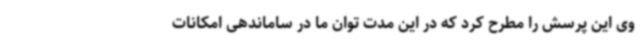
وی این پرسش را مطرح کرد که در این مدت توان ما در ساماندهی امکانات